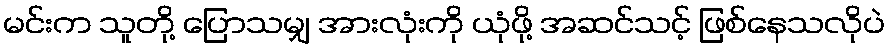
မင်းက သူတို့ ပြောသမျှ အားလုံးကို ယုံဖို့ အဆင်သင့် ဖြစ်နေသလိုပဲ